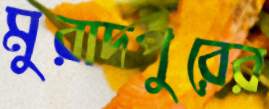
মুরাদপুরের